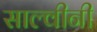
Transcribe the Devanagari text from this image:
साल्वीनी